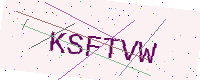
Text: KSFTVW